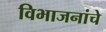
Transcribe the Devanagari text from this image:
विभाजनांचे